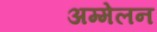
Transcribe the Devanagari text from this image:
अम्मेलन